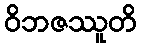
ဝိဘဇဿူတိ